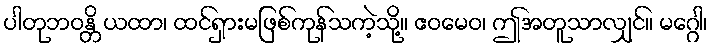
ပါတုဘဝန္တိ ယထာ၊ ထင်ရှားမဖြစ်ကုန်သကဲ့သို့။ ဧဝမေဝ၊ ဤအတူသာလျှင်။ မဂ္ဂေါ၊